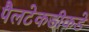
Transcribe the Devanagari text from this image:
पैलटेकडीकडे